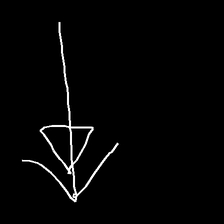
Glyph: pull